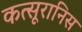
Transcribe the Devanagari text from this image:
कत्सूरानिस